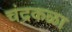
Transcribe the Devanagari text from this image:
चंद्रकळा